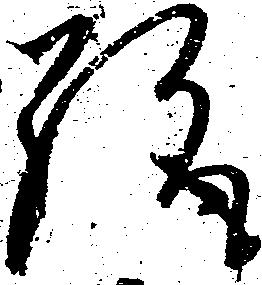
趣